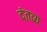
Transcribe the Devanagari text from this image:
दंतव्य